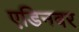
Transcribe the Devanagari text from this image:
एडिनबर